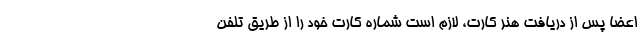
اعضا پس از دریافت هنر کارت، لازم است شماره کارت خود را از طریق تلفن